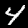
Label: 4